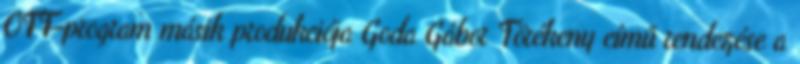
OFF-program másik produkciója Goda Gábor Törékeny című rendezése a